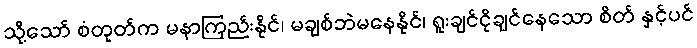
သို့သော် စံတုတ်က မနာကြည်းနိုင်၊ မချစ်ဘဲမနေနိုင်၊ ရူးချင်ငိုချင်နေသော စိတ် နှင့်ပင်